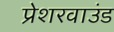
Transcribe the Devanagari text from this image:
प्रेशरवाउंड